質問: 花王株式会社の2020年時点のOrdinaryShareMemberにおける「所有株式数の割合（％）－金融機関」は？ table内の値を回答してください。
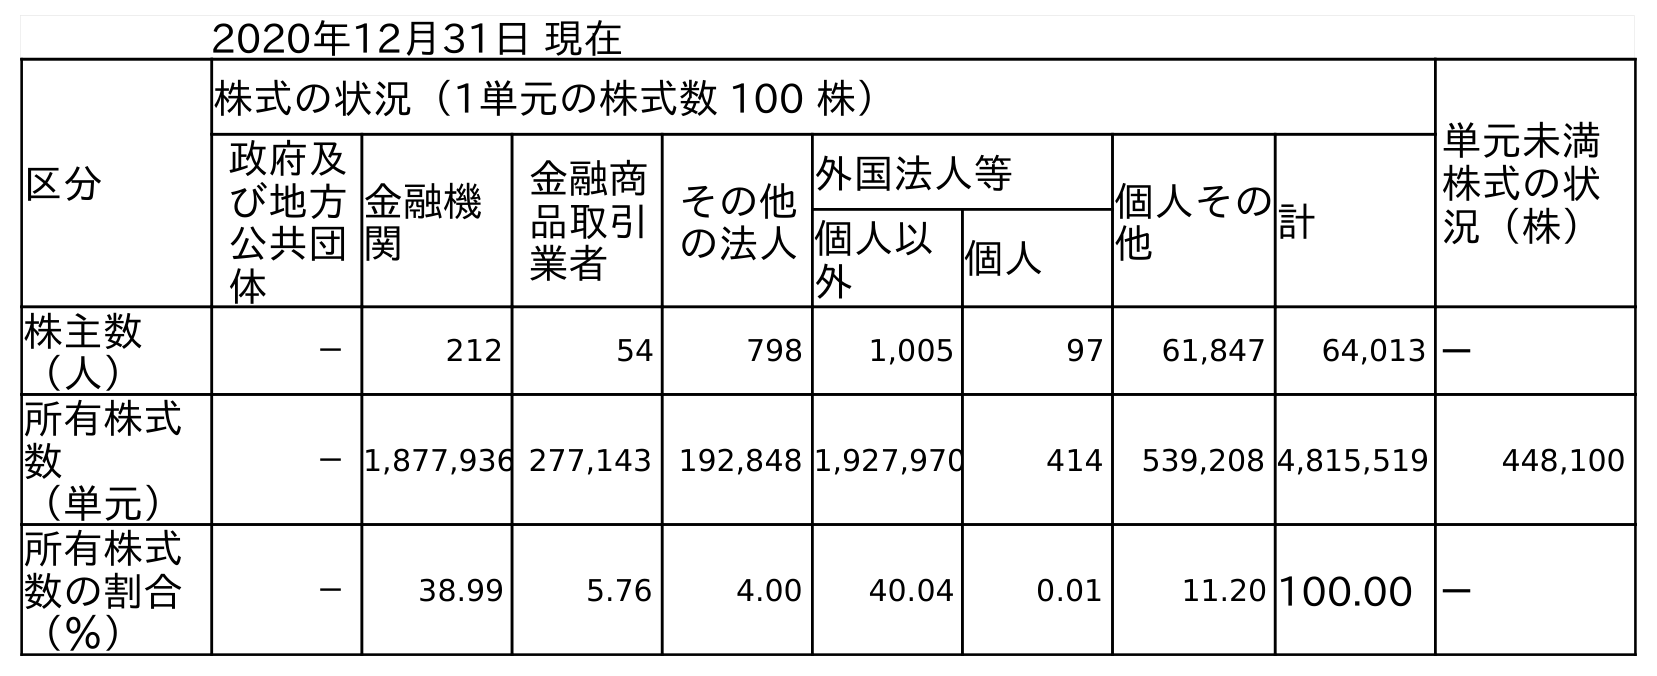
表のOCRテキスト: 2020年12月31日 現在 区分 株式の状況（1単元の株式数 100 株） 単元未満 株式の状 況（株） 政府及 び地方 公共団 体 金融機 関 金融商 品取引 業者 その他 の法人 外国法人等 個人その 他 計 個人以 外 個人 株主数 （人） － 212 54 798 1,005 97 61,847 64,013 － 所有株式 数 （単元） －1,877,936 277,143 192,848 1,927,970 414 539,208 4,815,519 448,100 所有株式 数の割合 （％） － 38.99 5.76 4.00 40.04 0.01 11.20 100.00 －
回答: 38.99